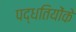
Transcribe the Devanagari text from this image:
पद्धतियोंके